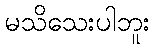
မသိသေးပါဘူး